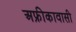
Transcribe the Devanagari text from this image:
अफ्रीकावासी